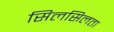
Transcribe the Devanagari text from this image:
सिलसिलता